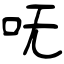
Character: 呒